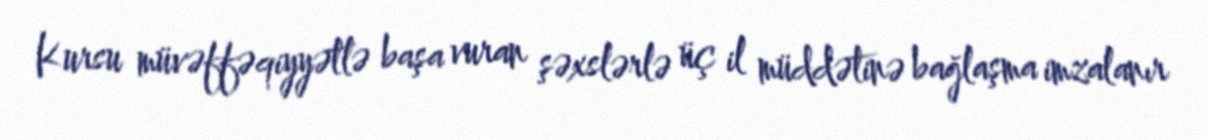
Kursu müvəffəqiyyətlə başa vuran şəxslərlə üç il müddətinə bağlaşma imzalanır